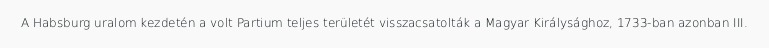
A Habsburg uralom kezdetén a volt Partium teljes területét visszacsatolták a Magyar Királysághoz, 1733-ban azonban III.